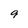
Character: 9